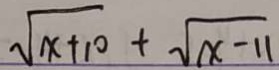
\sqrt { x + 1 0 } + \sqrt { x - 1 1 }